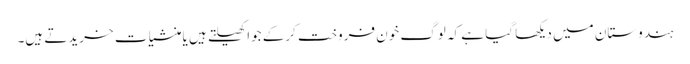
ہندوستان میں دیکھا گیا ہے کہ لوگ خون فروخت کرکے جوا کھیلتے ہیں یا منشیات خریدتے ہیں۔